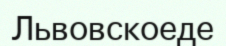
Львовскоеде